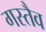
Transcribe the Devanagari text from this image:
गस्तैव